Calcutta medical institutions reports 1871-78
Year: 1871
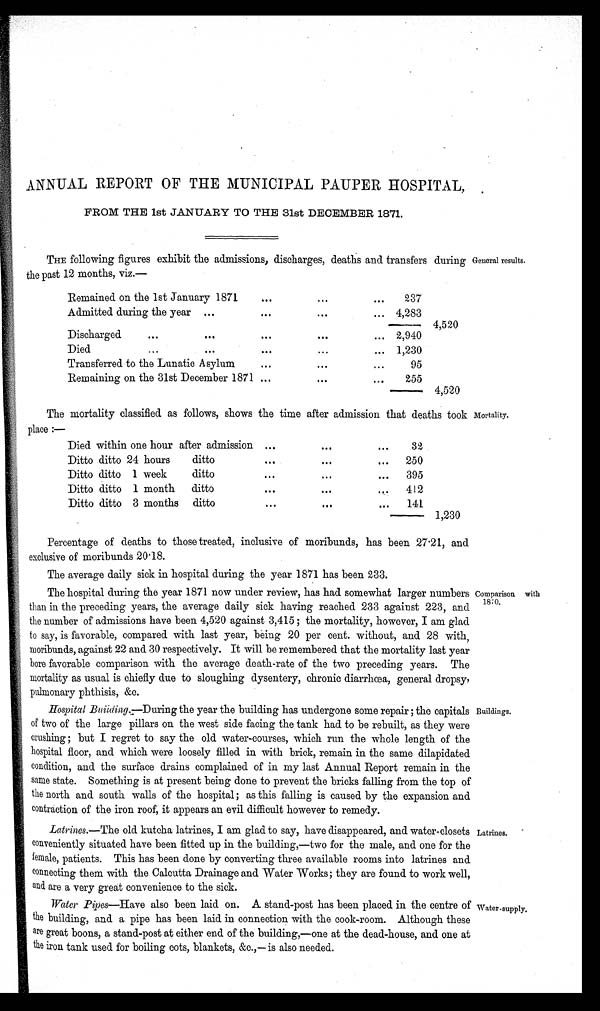
ANNUAL REPORT OF THE MUNICIPAL PAUPER HOSPITAL,
FROM THE 1st JANUARY TO THE 31st DECEMBER 1871.
THE following figures exhibit the admissions, discharges, deaths and transfers during General results.
the past 12 months, viz.—
Remained on the 1st January 1871
...
...
...
237
Admitted during the year ...
...
...
... 4,283
4,520
Discharged
...
...
...
...
... 2,940
Died
...
...
...
...
... 1,230
Transferred to the Lunatic Asylum
...
...
...
95
Remaining on the 31st December 1871 ...
...
...
255
— 4,520
The mortality classified as follows, shows the time after admission that deaths took Mortality,
place :—
Died within one hour after admission ...
..
...
32
Ditto ditto 24 hours ditto
...
...
...
250
Ditto ditto 1 week ditto
...
...
...
395
Ditto ditto 1 month ditto
...
...
...
412
Ditto ditto 3 months ditto
...
...
...
141
1,230
Percentage of deaths to those treated, inclusive of moribunds, has been 27.21, and
exclusive of moribunds 20.18.
The average daily sick in hospital during the year 1871 has been 233.
The hospital during the year 1871 now under review, has had somewhat larger numbers
than in the preceding years, the average daily sick having reached 233 against 223, and
the number of admissions have been 4,520 against 3,415 ; the mortality, however, I am glad
to say, is favorable, compared with last year, being 20 per cent. without, and 28 with,
moribunds, against 22 and 30 respectively. It will be remembered that the mortality last year
bore favorable comparison with the average death-rate of the two preceding years. The
mortality as usual is chiefly due to sloughing dysentery, chronic diarrhæa, general dropsy,
pulmonary phthisis, &c.
Hospital Buiiding.—During the year the building has undergone some repair; the capitals
of two of the large pillars on the west side facing the tank had to be rebuilt, as they were
crushing ; but I regret to say the old water-courses, which run the whole length of the
hospital floor, and which were loosely filled in with brick, remain in the same dilapidated
condition, and the surface drains complained of in my last Annual Report remain in the
same state. Something is at present being done to prevent the bricks falling from the top of
the north and south walls of the hospital; as this falling is caused by the expansion and
contraction of the iron roof, it appears an evil difficult however to remedy.
Latrines.—The old kutcha latrines, I am glad to say, have disappeared, and water-closets
conveniently situated have been fitted up in the building,—two for the male, and one for the
female, patients. This has been done by converting three available rooms into latrines and
connecting them with the Calcutta Drainage and Water Works; they are found to work well,
and are a very great convenience to the sick.
Water Pipes—Have also been laid on. A stand-post has been placed in the centre of
the building, and a pipe has been laid in connection with the cook-room. Although these
are great boons, a stand-post at either end of the building,—one at the dead-house, and one at
the iron tank used for boiling cots, blankets, &c.,—is also needed.
Comparison with
1870.
Buildings.
Latrines.
Water-supply.